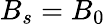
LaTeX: B_{s}=B_{0}